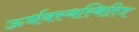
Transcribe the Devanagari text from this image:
ऊर्धवस्थस्थितिज